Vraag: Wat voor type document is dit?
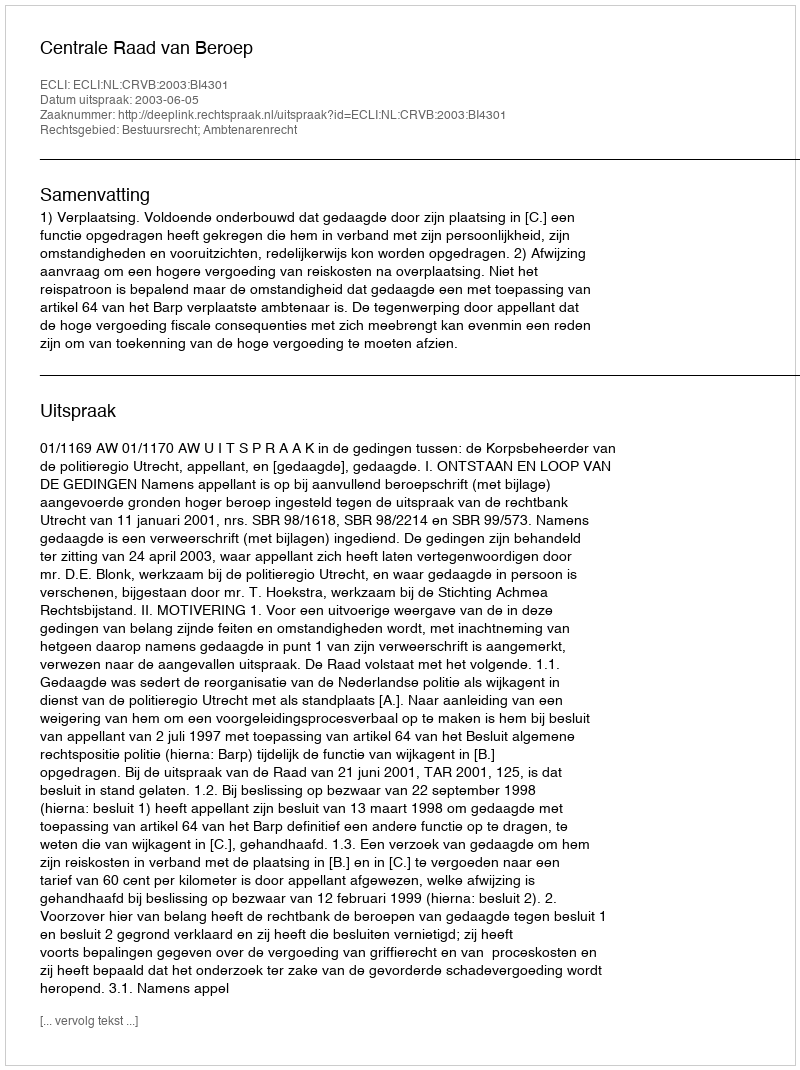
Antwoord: Uitspraak